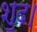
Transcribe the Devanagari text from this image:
शुद।